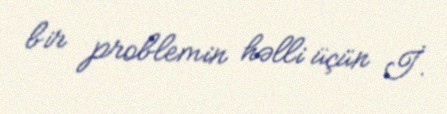
bir problemin həlli üçün İ.